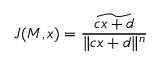
J ( M , x ) = { \frac { \widetilde { c x + d } } { \| c x + d \| ^ { n } } }